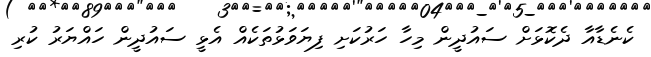
ކެނެޑާއާ ދެކޮޅަށް ސައުދީން މިހާ ހަރުކަށި ފިޔަވަޅުތަކެއް އެޅީ ސައުދީން ހައްޔަރު ކުރި